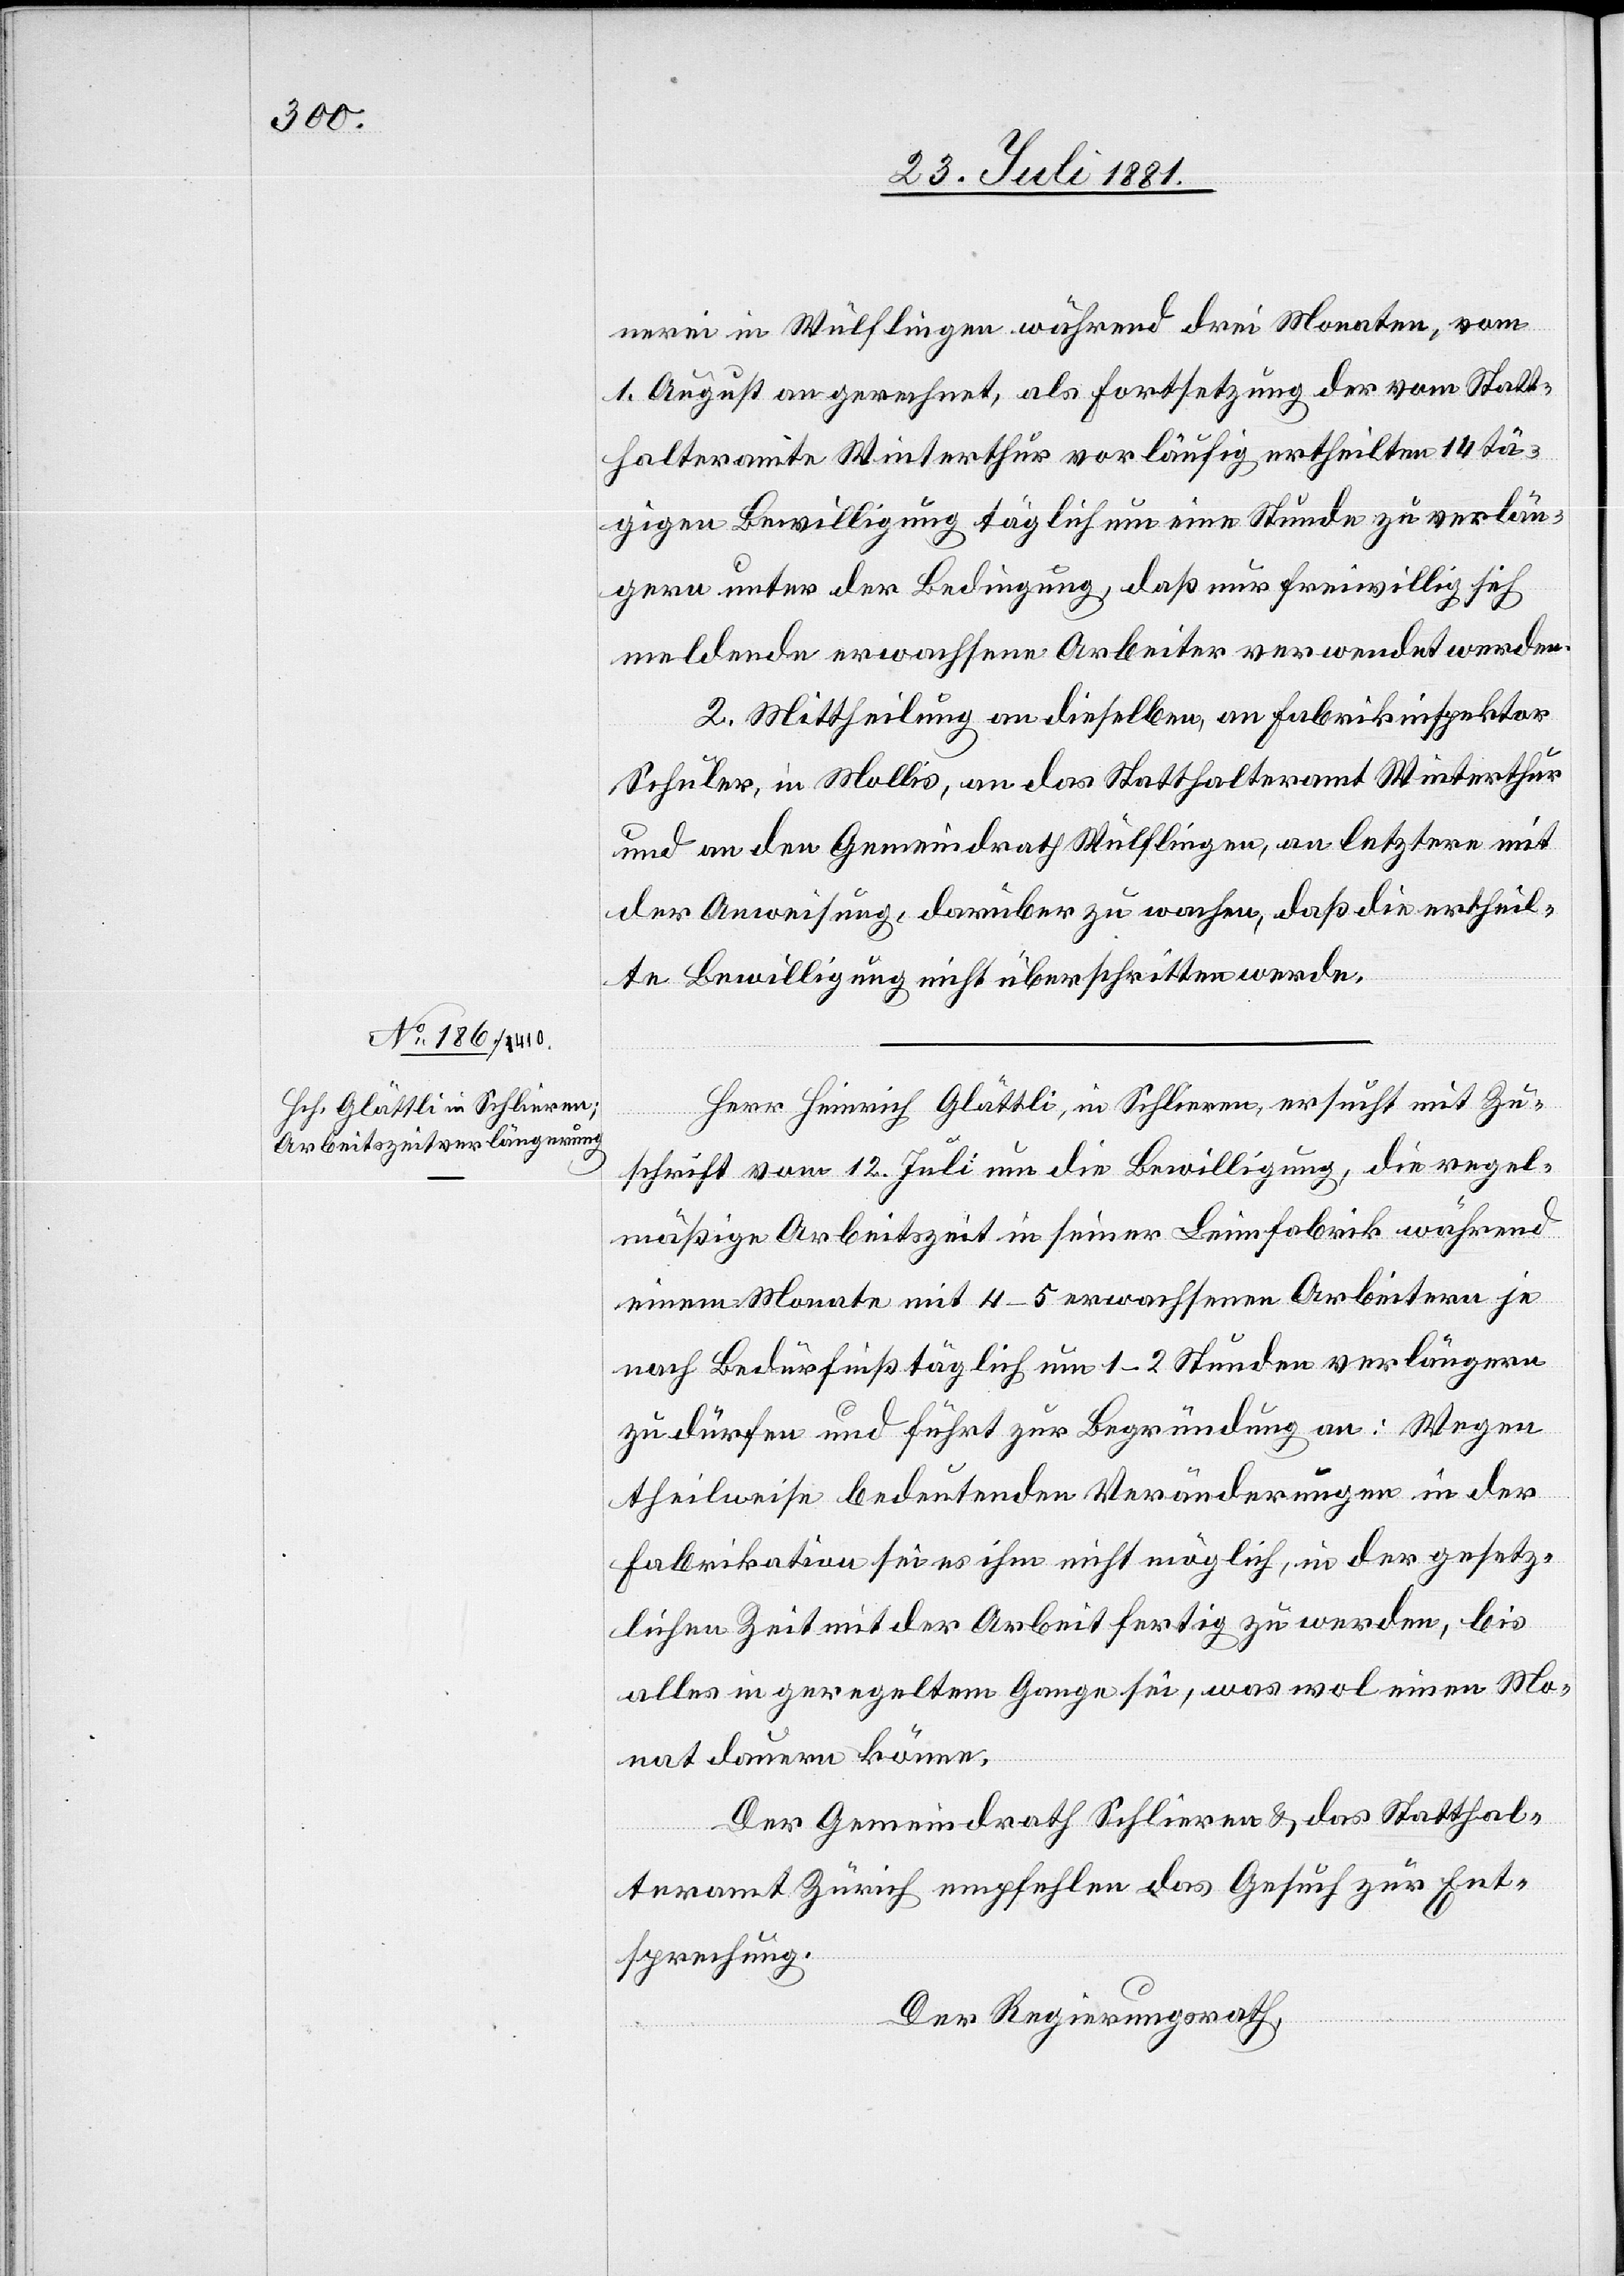
27. Juli 1881]
nerei Wülflingen während drei Monaten, vom
1. August an gerechnet, als Fortsetzung der vom Statt¬
halteramte Winterthur vorläufig ertheilten 14 tä¬
gigen Bewilligung täglich um eine Stunde zu verlän¬
gern unter der Bedingung, daß nur freiwillig sich
meldende erwachsene Arbeiter verwendet werden.
2. Mittheilung an dieselben, an Fabrikinspektor
Schuler, in Mollis, an das Statthalteramt Winterthur
und an den Gemeindrath Wülflingen, an letztern mit
der Anweisung, darüber zu wachen, daß die ertheil¬
te Bewilligung nicht überschritten werde.
Herr Heinrich Glättli, in Schlieren, ersucht mit Zu¬
schrift vom 12. Juli um die Bewilligung, die regel¬
mäßige Arbeitszeit in seiner Leimfabrik während
einem Monate mit 4–5 erwachsenen Arbeitern je
nach Bedürfniß täglich um 1–2 Stunden verlängern
zu dürfen und führt zur Begründung an: Wegen
theilweise bedeutenden Veränderungen in der
Fabrikation sei es ihm nicht möglich, in der gesetz¬
lichen Zeit mit der Arbeit fertig zu werden, bis
alles in geregeltem Gange sei, was wol einen Mo¬
nat dauern könne.
Der Gemeindrath Schlieren & das Statthal¬
teramt Zürich empfehlen das Gesuch zur Ent¬
sprechung.
Der Regierungsrath,